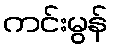
ကင်းမွန်